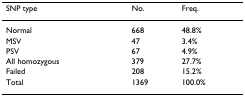
| SNP type | No. | Freq. |
 | --- | --- | --- |
 | Normal | 668 | 48.8% |
 | MSV | 47 | 3.4% |
 | PSV | 67 | 4.9% |
 | All homozygous | 379 | 27.7% |
 | Failed | 208 | 15.2% |
 | Total | 1369 | 100.0% |